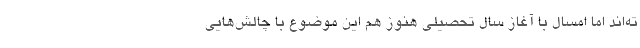
ته‌اند اما امسال با آغاز سال تحصیلی هنوز هم این موضوع با چالش‌هایی